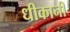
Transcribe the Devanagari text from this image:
धीकानी